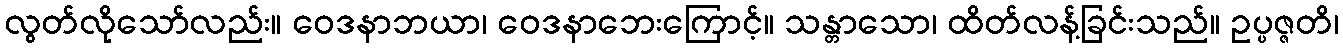
လွတ်လိုသော်လည်း။ ဝေဒနာဘယာ၊ ဝေဒနာဘေးကြောင့်။ သန္တာသော၊ ထိတ်လန့်ခြင်းသည်။ ဥပ္ပဇ္ဇတိ၊